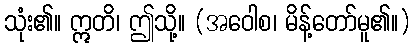
သုံး၏။ ဣတိ၊ ဤသို့။ (အဝေါစ၊ မိန့်တော်မူ၏။)